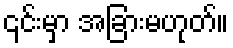
၎င်းမှာ အခြားမဟုတ်။